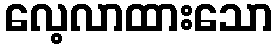
လေ့လာထားသော